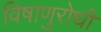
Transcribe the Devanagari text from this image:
विषाणुरोधी